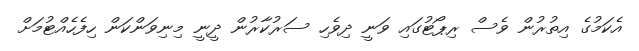
އެކަމުގެ އިތުރުން ވެސް ރިޕޯޓުގައި ވަނީ ދިވެހި ސަރުކާރުން ދީނީ މިނިވަންކަން ހިފެހެއްޓުމަށް